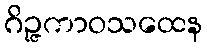
ဂိဉ္ဇကာဝသထေန